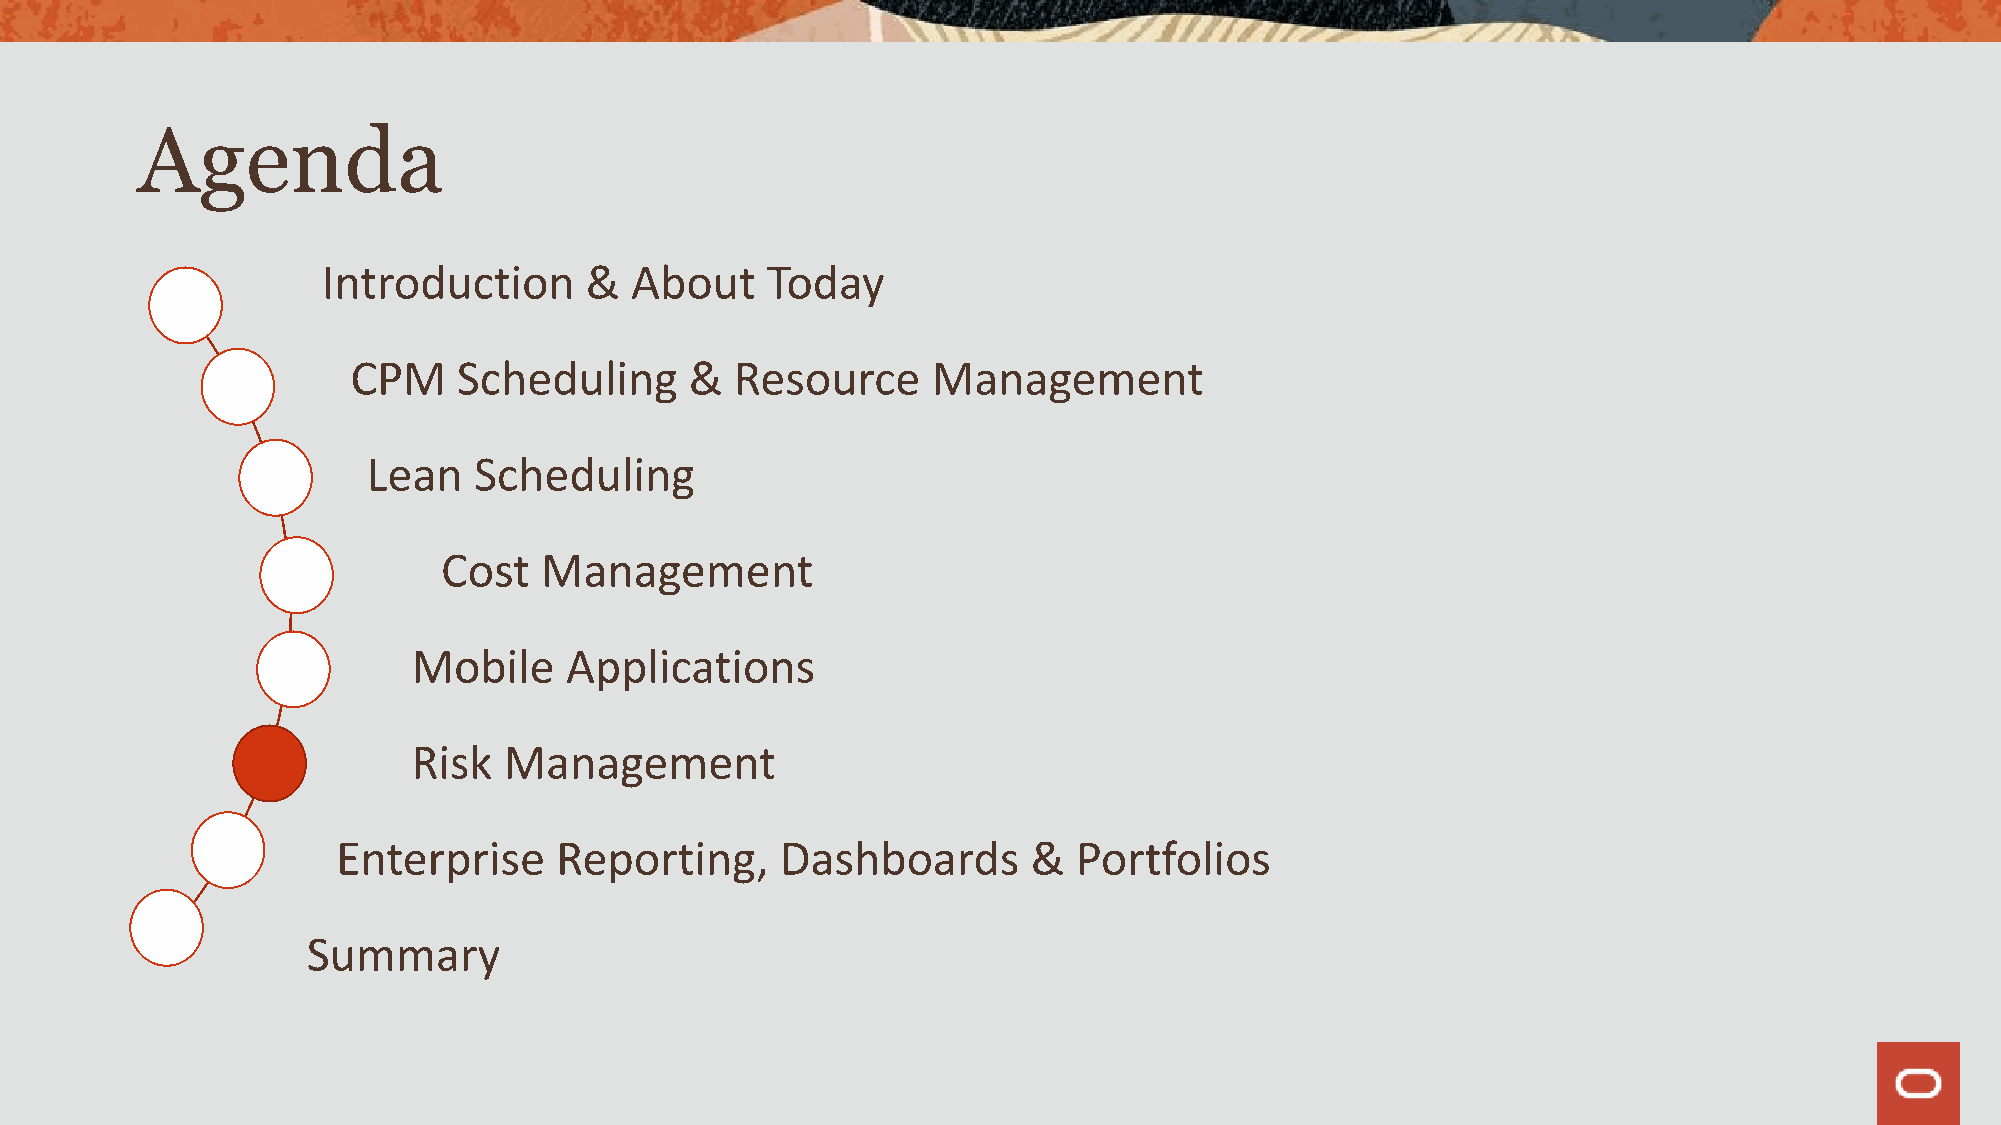
Agenda
 Introduction      &  About    Today
 CPM    Scheduling      &  Resource     Management
 Lean   Scheduling
 Cost   Management
 Mobile    Applications
 Risk  Management
 Enterprise     Reporting,     Dashboards      &  Portfolios
 Summary